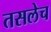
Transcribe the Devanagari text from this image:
तसलेच